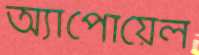
অ্যাপোয়েল